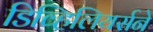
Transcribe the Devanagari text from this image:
डिव्हिलियर्सने